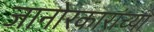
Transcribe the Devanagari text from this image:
जानोरकारांच्या